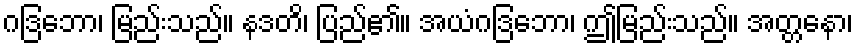
ဂဒြဘော၊ မြည်းသည်။ နဒတိ၊ ပြည်၏။ အယံဂဒြဘော၊ ဤမြည်းသည်။ အတ္တနော၊